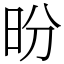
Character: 昐